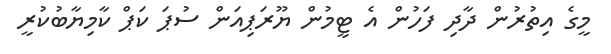
މީގެ އިތުރުން ދާދި ފަހުން އެ ޓީމުން ޔޫރަޕިއަން ސުޕަ ކަޕް ކާމިޔާބުކުރީ